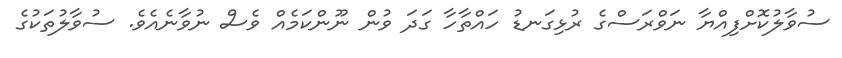
ސުވާލުކޮށްފިއްޔާ ނަވްރަސްގެ ރުޅިގަނޑު ހައްތާހާ ގަދަ ވުން ނޫންކަމެއް ވެސް ނުވާނެއެވެ. ސުވާލުތަކުގެ